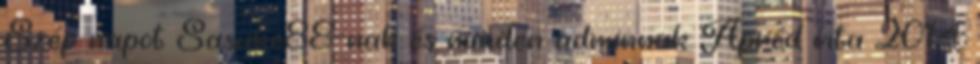
Szép napot Sasuke88-nak és minden adminnak Apród vita 2014.